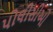
પોલીસીઓ